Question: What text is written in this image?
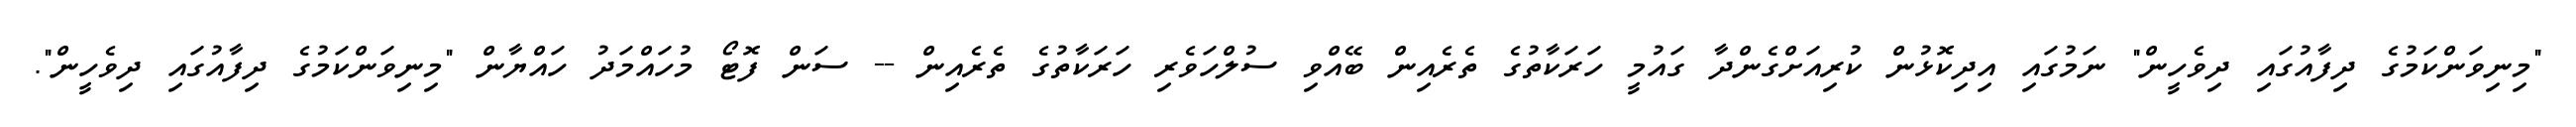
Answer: "މިނިވަންކަމުގެ ދިފާއުގައި ދިވެހީން" ނަމުގައި އިދިކޮޅުން ކުރިއަށްގެންދާ ގައުމީ ހަރަކާތުގެ ތެރެއިން ބޭއްވި ސުލްހަވެރި ހަރަކާތުގެ ތެރެއިން -- ސަން ފޮޓޯ މުހައްމަދު ހައްޔާން "މިނިވަންކަމުގެ ދިފާއުގައި ދިވެހީން".